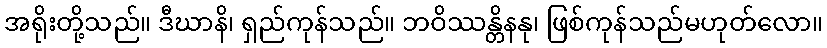
အရိုးတို့သည်။ ဒီဃာနိ၊ ရှည်ကုန်သည်။ ဘဝိဿန္တိနနု၊ ဖြစ်ကုန်သည်မဟုတ်လော။